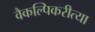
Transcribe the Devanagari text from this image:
वैकल्पिकरीत्या